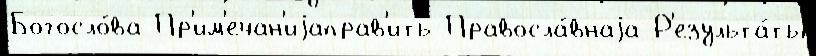
Богосло́ва Пр'им'ечан'иjаправ'ить Правосла́внаjа Р'езульта́ты